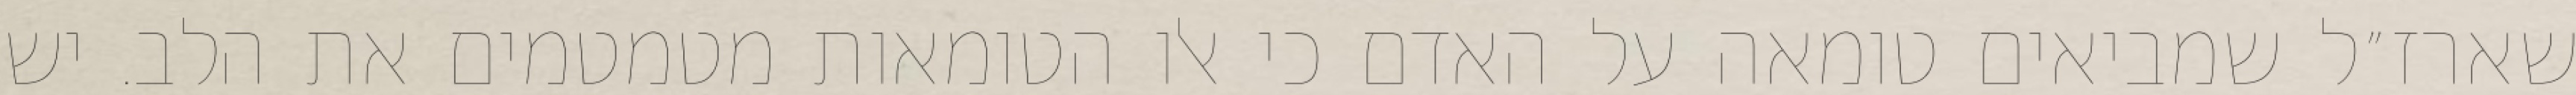
שארז״ל שמביאים טומאה על האדם כי אלו הטומאות מטמטמים את הלב. יש